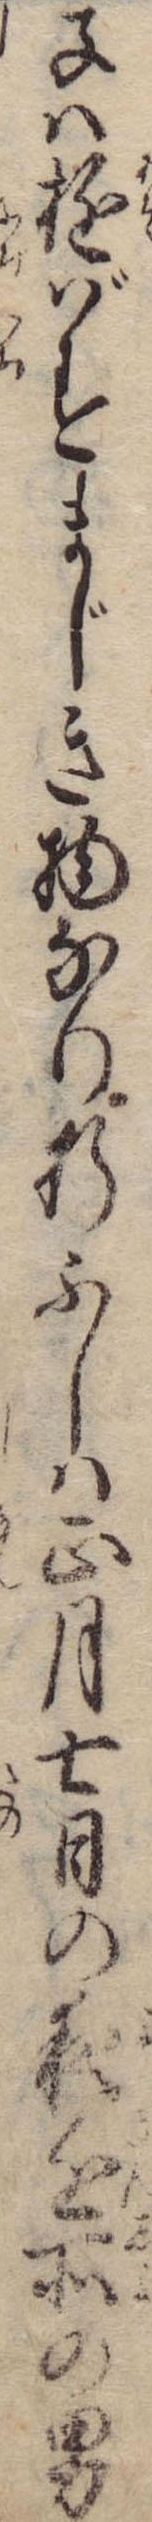
子は遊ばすまじき物なり折ふしは正月七日の夜近所の男